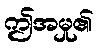
ဤအမှု၏